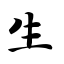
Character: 生